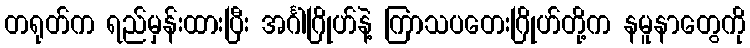
တရုတ်က ရည်မှန်းထားပြီး အင်္ဂါဂြိုဟ်နဲ့ ကြာသပတေးဂြိုဟ်တို့က နမူနာတွေကို